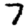
Digit: 7